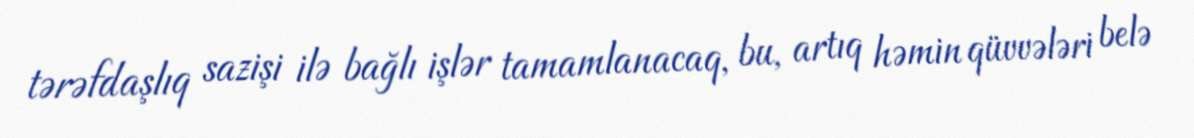
tərəfdaşlıq sazişi ilə bağlı işlər tamamlanacaq, bu, artıq həmin qüvvələri belə